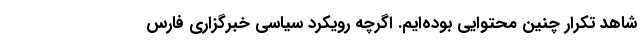
شاهد تکرار چنین محتوایی بوده‌ایم. اگرچه رویکرد سیاسی خبرگزاری فارس